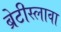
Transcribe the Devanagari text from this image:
ब्रेटीस्लावा